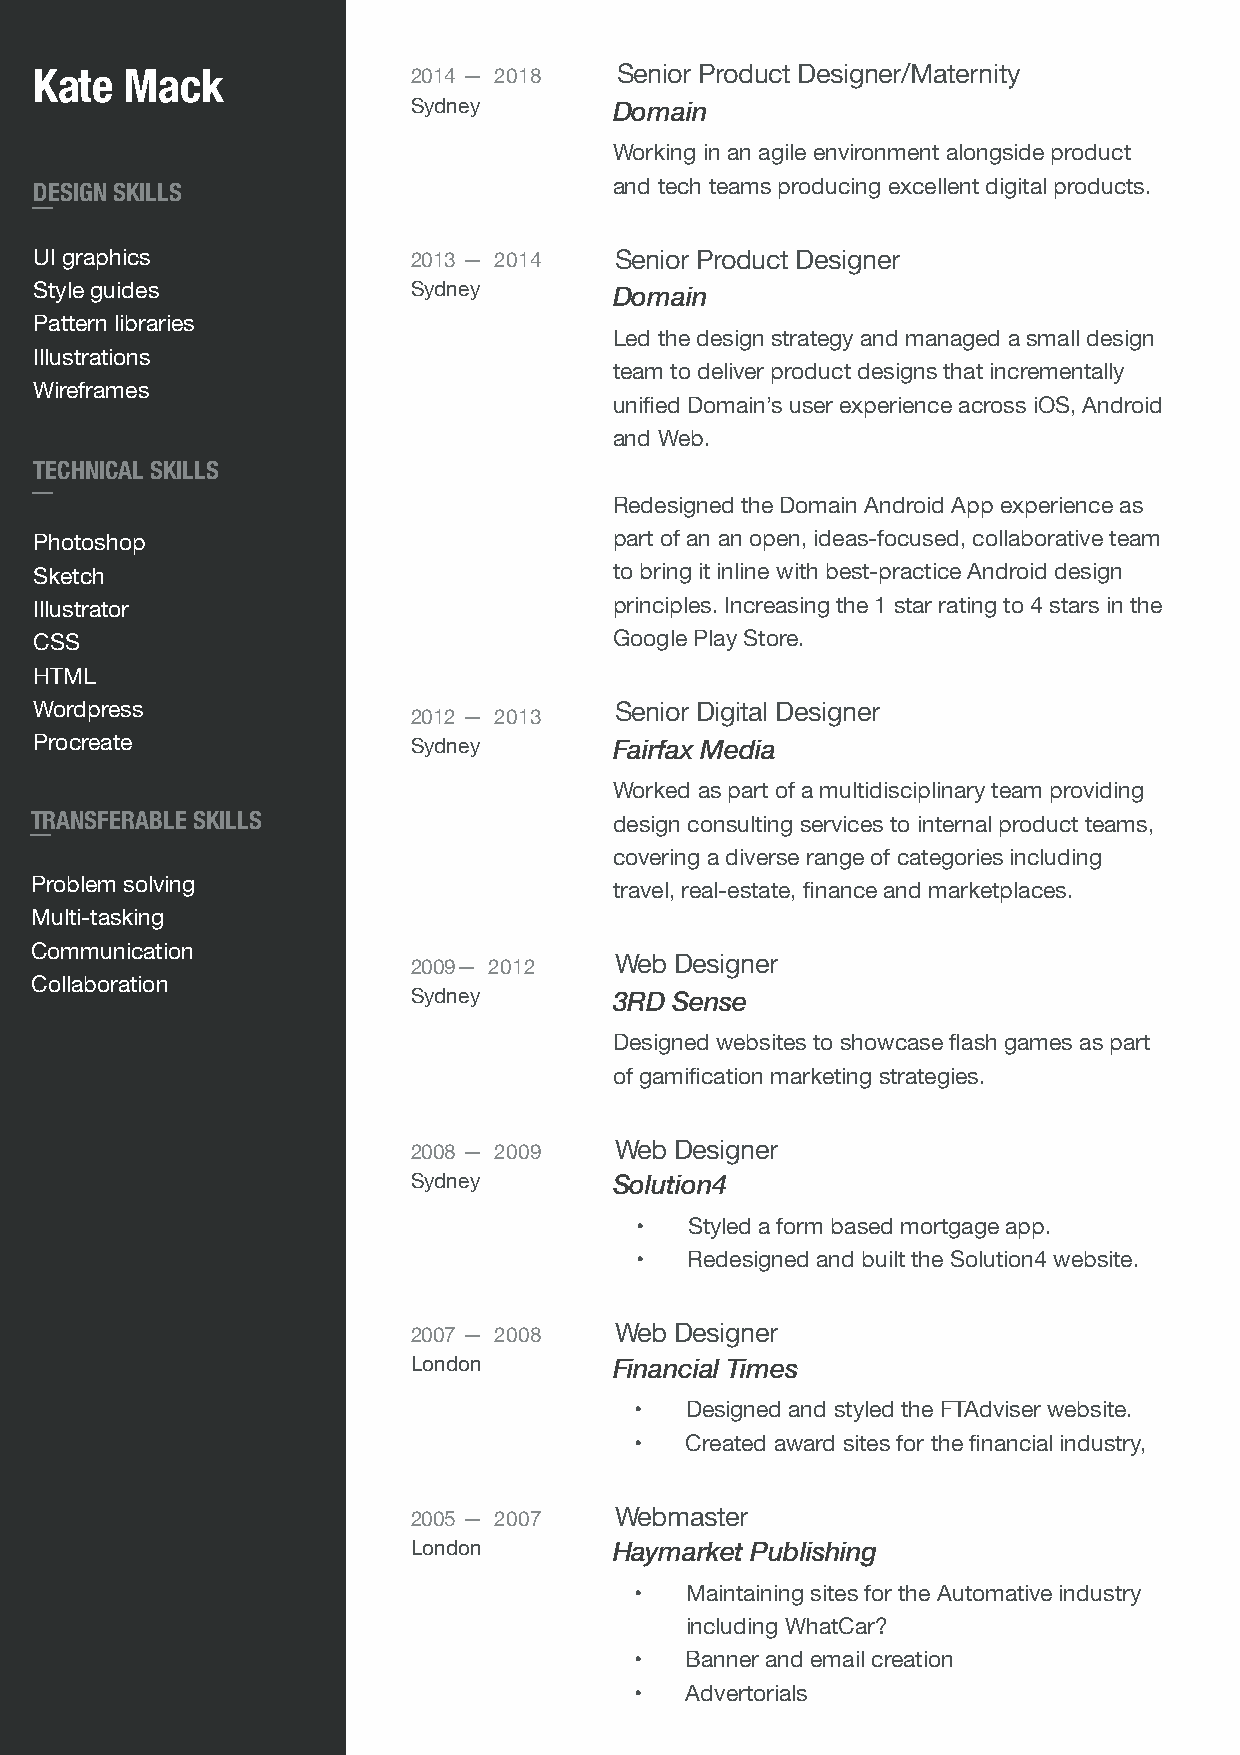
Kate  Mack               2014 — 2018   Senior Product Designer/Maternity
 Sydney        Domain
 Working in an agile environment alongside product
 DESIGN SKILLS                          and tech teams producing excellent digital products.
 UI graphics              2013 — 2014   Senior Product Designer
 Style guides             Sydney        Domain
 Pattern libraries
 Led the design strategy and managed a small design
 Illustrations
 team to deliver product designs that incrementally
 Wireframes
 unified Domain’s user experience across iOS, Android
 and Web.
 TECHNICAL SKILLS
 Redesigned the Domain Android App experience as
 Photoshop                              part of an an open, ideas-focused, collaborative team
 Sketch                                 to bring it inline with best-practice Android design
 Illustrator                            principles. Increasing the 1 star rating to 4 stars in the
 CSS                                    Google Play Store.
 HTML
 Wordpress                              Senior Digital Designer
 2012 — 2013
 Procreate                Sydney        Fairfax Media
 Worked as part of a multidisciplinary team providing
 TRANSFERABLE SKILLS                    design consulting services to internal product teams,
 covering a diverse range of categories including
 Problem solving                        travel, real-estate, finance and marketplaces.
 Multi-tasking
 Communication
 2009— 2012    Web Designer
 Collaboration
 Sydney        3RD Sense
 Designed websites to showcase flash games as part
 of gamification marketing strategies.
 2008 — 2009   Web Designer
 Sydney        Solution4
 •   Styled a form based mortgage app.
 •   Redesigned and built the Solution4 website.
 2007 — 2008   Web Designer
 London        Financial Times
 •  Designed and styled the FTAdviser website.
 •  Created award sites for the financial industry,
 2005 — 2007   Webmaster
 London        Haymarket Publishing
 •  Maintaining sites for the Automative industry
 including WhatCar?
 •  Banner and email creation
 •  Advertorials